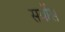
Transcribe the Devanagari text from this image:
सर्वोस